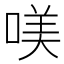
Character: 𠸍